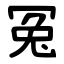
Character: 冤